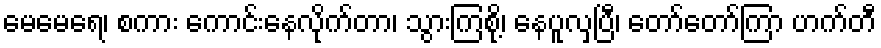
မေမေရေ၊ စကား ကောင်းနေလိုက်တာ၊ သွားကြစို့၊ နေပူလှပြီ၊ တော်တော်ကြာ ဟက်တီ